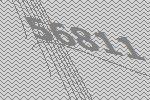
56811